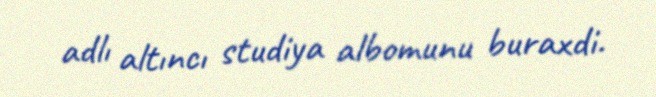
adlı altıncı studiya albomunu buraxdi.